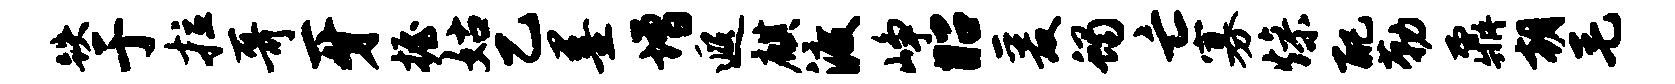
跌于拉哥牙握姑乙墨增遐麒渡峥昭爰蝎亡寡燥配勒鼐朝毛